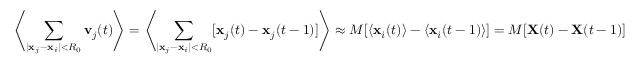
\left\langle \sum _ { | \mathbf { x } _ { j } - \mathbf { x } _ { i } | < R _ { 0 } } \mathbf { v } _ { j } ( t ) \right\rangle = \left\langle \sum _ { | \mathbf { x } _ { j } - \mathbf { x } _ { i } | < R _ { 0 } } [ \mathbf { x } _ { j } ( t ) - \mathbf { x } _ { j } ( t - 1 ) ] \right\rangle \approx M [ \langle \mathbf { x } _ { i } ( t ) \rangle - \langle \mathbf { x } _ { i } ( t - 1 ) \rangle ] = M [ \mathbf { X } ( t ) - \mathbf { X } ( t - 1 ) ]